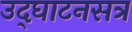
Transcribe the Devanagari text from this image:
उद्‍घाटनसत्र